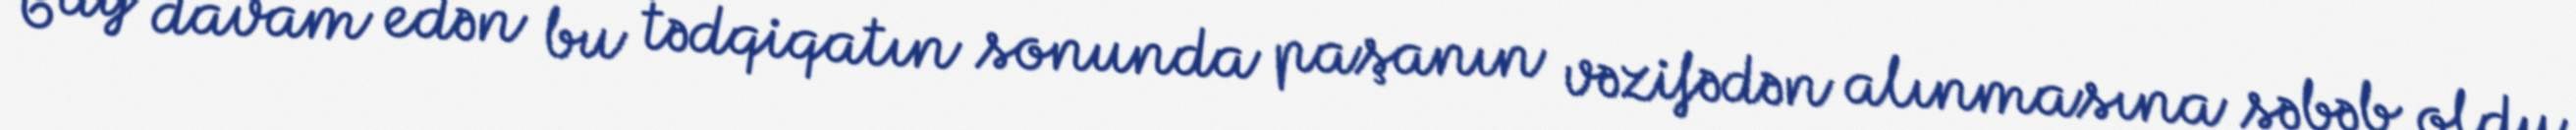
6 ay davam edən bu tədqiqatın sonunda paşanın vəzifədən alınmasına səbəb oldu